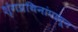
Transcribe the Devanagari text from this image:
शृंगप्रथिनांपासून